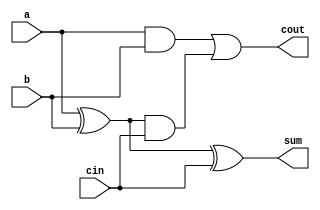
module full_adder (cin, a,b, sum, cout);
input cin,a,b;
output sum,cout;
wire temp,store,result;
xor (temp,a,b);
xor (sum,temp,cin);
and (result,a,b);
and (store,temp,cin);
or (cout,result, store);
endmodule